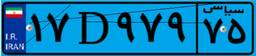
۱۷D۹۷۹۷۵